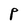
Character: P